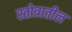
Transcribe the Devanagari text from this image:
स्तोत्रातील